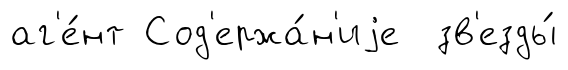
аг'е́нт Сод'ержа́н'иjе зв'езды́